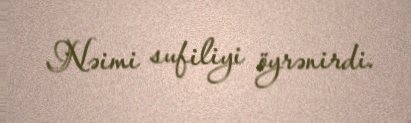
Nəimi sufiliyi öyrənirdi.